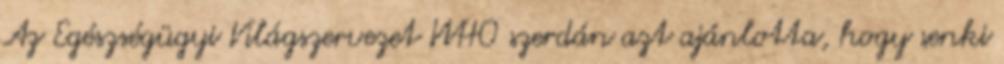
Az Egészségügyi Világszervezet WHO szerdán azt ajánlotta, hogy senki